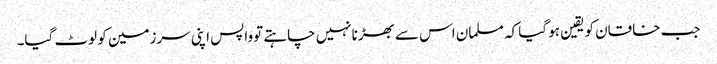
جب خاقان کویقین ہو گیا کہ مسلمان اس سے بھڑنانہیں چاہتے توواپس اپنی سرزمین کو لوٹ گیا۔